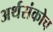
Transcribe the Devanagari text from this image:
अर्थसंकोच